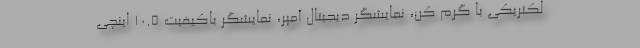
لکتریکی با گرم کن، نمایشگر دیجیتال آمپر، نمایشگر باکیفیت 10.5 اینچی